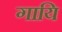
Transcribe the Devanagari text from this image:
गायि